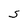
Character: S